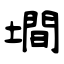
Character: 墹